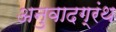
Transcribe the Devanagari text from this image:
अनुवादग्रंथ